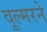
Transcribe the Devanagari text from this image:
वूल्मरने